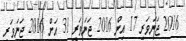
2016 ޖަނަވަރީ 17 އިން 2016 ޖަނަވަރީ 31 އަށް 2016 ޖަނަވަރީ